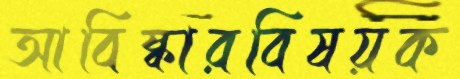
আবিষ্কারবিষয়ক